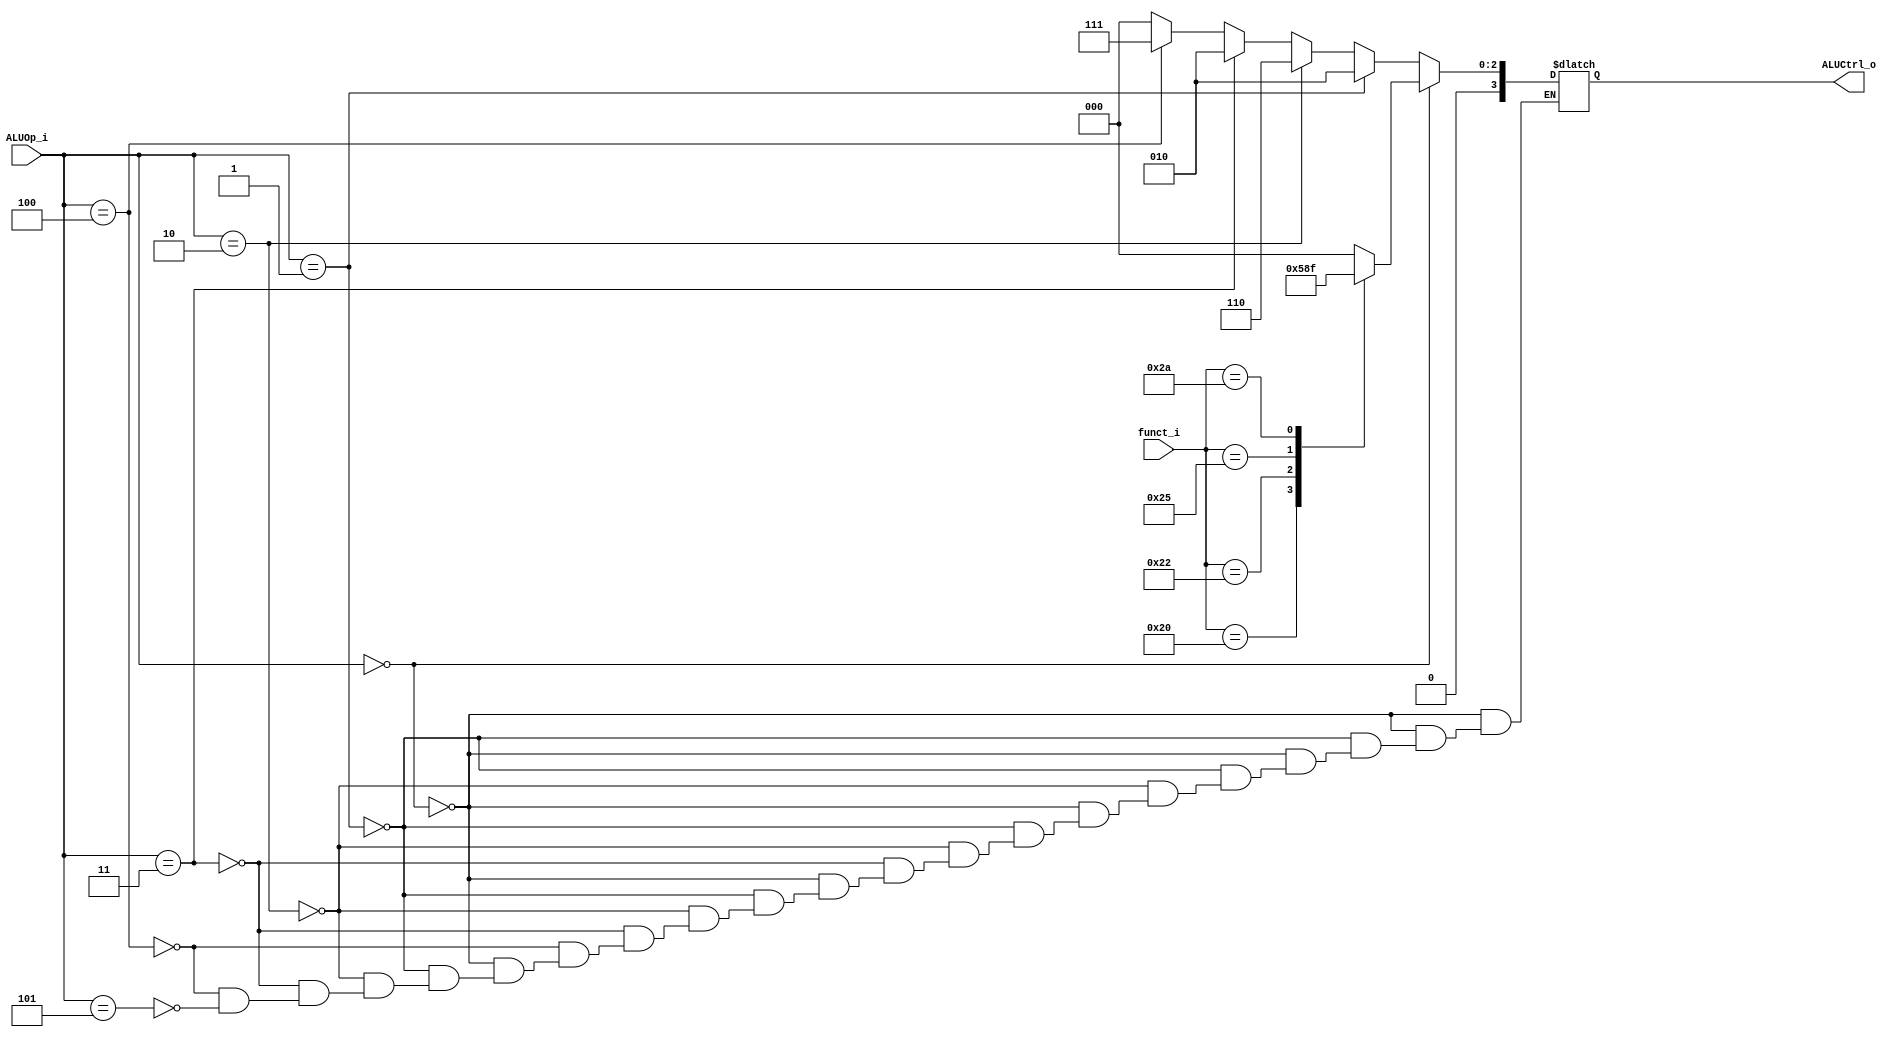
//Subject:     CO project 2 - ALU 
//--------------------------------------------------------------------------------
//Version:     1
//--------------------------------------------------------------------------------
//Writer:      
//----------------------------------------------
//Date:        
//----------------------------------------------
//Description: 
//--------------------------------------------------------------------------------
module ALU_Ctrl(
          funct_i,
          ALUOp_i,
          ALUCtrl_o
          );
          
//I/O ports 
input      [6-1:0] funct_i;
input      [3-1:0] ALUOp_i;

output     [4-1:0] ALUCtrl_o;    
     
//Internal Signals
reg        [4-1:0] ALUCtrl;

//Parameter

//Select exact operation
always@(*)begin
	if(ALUOp_i == 3'd0)begin
	    case(funct_i)
	       6'd32: ALUCtrl = 4'b0010;   //add
	       6'd34: ALUCtrl = 4'b0110;   //sub
	       6'd36: ALUCtrl = 4'b0000;   //and
	       6'd37: ALUCtrl = 4'b0001;   //or
	       6'd42: ALUCtrl = 4'b0111;   //slt
	       default: ALUCtrl = 4'b0000; 
        endcase
	end else if(ALUOp_i == 3'b001)begin
		ALUCtrl = 4'b0010;  //lw.sw
	end else if(ALUOp_i == 3'b010)begin
		ALUCtrl = 4'b0110;  //beq
	end else if(ALUOp_i == 3'b011)begin
		ALUCtrl = 4'b0010;  //addi
	end else if(ALUOp_i == 3'b100)begin
		ALUCtrl = 4'b0111;  //slti
	end else if(ALUOp_i == 3'b101)begin
		ALUCtrl = 4'b0000;  //jump.jal
	end
end

assign ALUCtrl_o = ALUCtrl;

endmodule